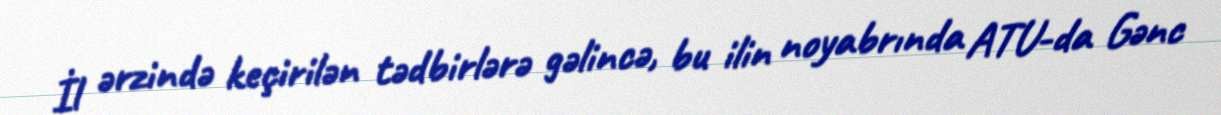
İl ərzində keçirilən tədbirlərə gəlincə, bu ilin noyabrında ATU-da Gənc